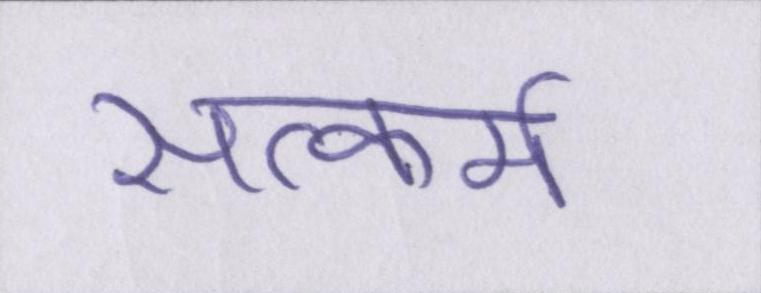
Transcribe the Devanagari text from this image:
सत्कर्म